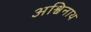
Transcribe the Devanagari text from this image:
अश्विनाथ